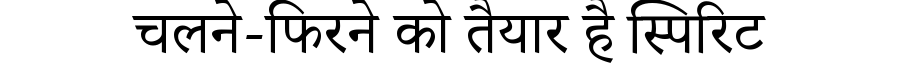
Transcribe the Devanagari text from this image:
चलने-फिरने को तैयार है स्पिरिट